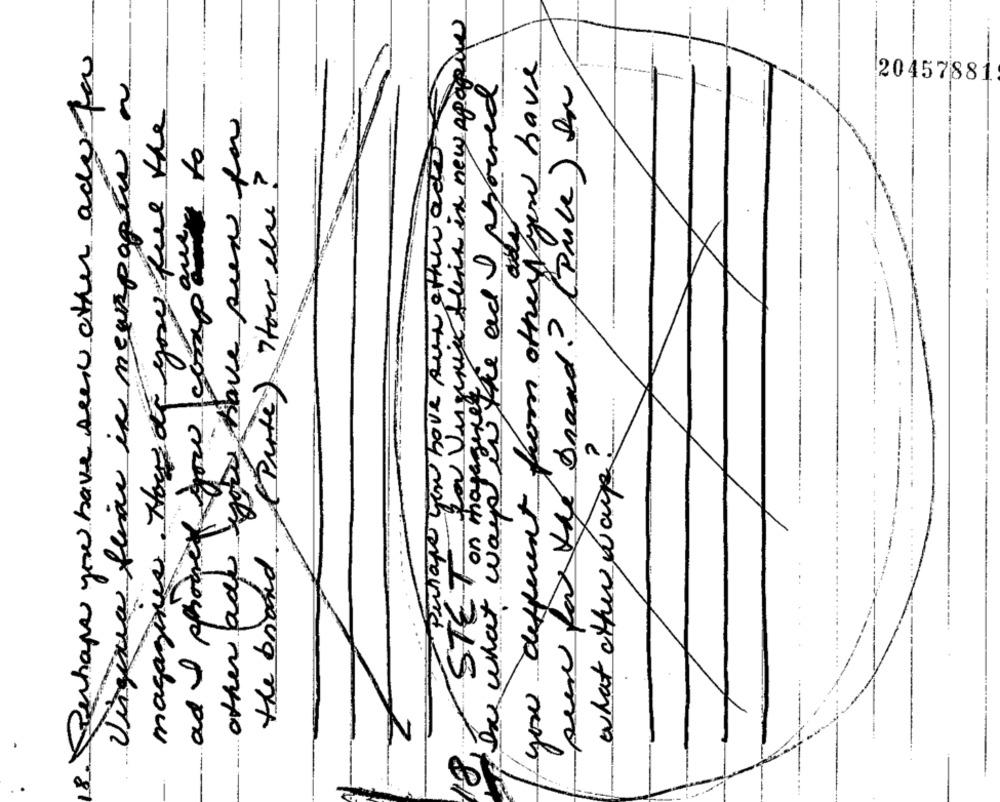
for vurgunice fueis in new epagine
8. Perhaps you have see other ady for
you different from othery yow have
Virginia fliar in newspaper a
Das what ways in the and proced
per fax the brand? (price) In
20457881
magazines. Hoy of you feel the
you have per for
and I phones now compour to
Perhaps you have sur other ado
Tock else ?
(Parte)
STE 1 on magagne
what other worp ?
other add
the brand